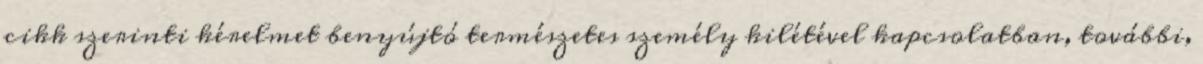
cikk szerinti kérelmet benyújtó természetes személy kilétével kapcsolatban, további,